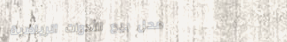
محل بيع الأدوات الرياضية